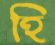
হি